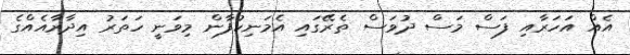
އެއް އަހަރާއި ފަސް މަސް ދުވަސް ތެރޭގައި އެމަނިކުފާން މިވަނީ ހަތަރު އިދާރާއެއްގެ